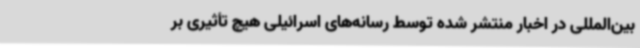
بین‌المللی در اخبار منتشر شده توسط رسانه‌های اسرائیلی هیچ تأثیری بر